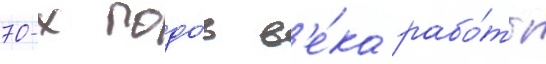
70-х годо́в в'е́ка рабо́ты